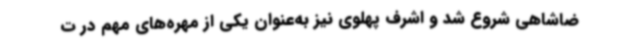
ضاشاهی شروع شد و اشرف پهلوی نیز به‌عنوان یکی از مهره‌های مهم در ت